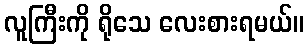
လူကြီးကို ရိုသေ လေးစားရမယ်။